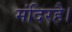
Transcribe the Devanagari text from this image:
मंदिरहै।